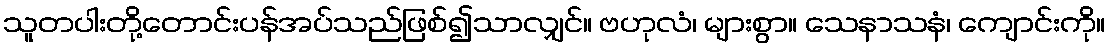
သူတပါးတို့တောင်းပန်အပ်သည်ဖြစ်၍သာလျှင်။ ဗဟုလံ၊ များစွာ။ သေနာသနံ၊ ကျောင်းကို။